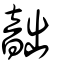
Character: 韷